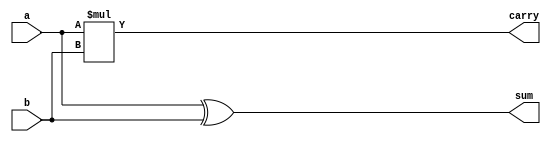
module halfadd(a,b,sum,carry);
input a,b;
output sum,carry;
assign sum=a^b;
assign carry=a*b;
endmodule 

module halfadd_tb;
reg a,b;
wire sum,carry;
halfadd h1(a,b,sum,carry);
integer i;
initial
begin
for(i=0;i<4;i=i+1)
begin
#2 {a,b}=i;
end
end
endmodule